Indian journal of veterinary science and animal husbandry - Volumes 15-17, 1948-1951
Year: 1948
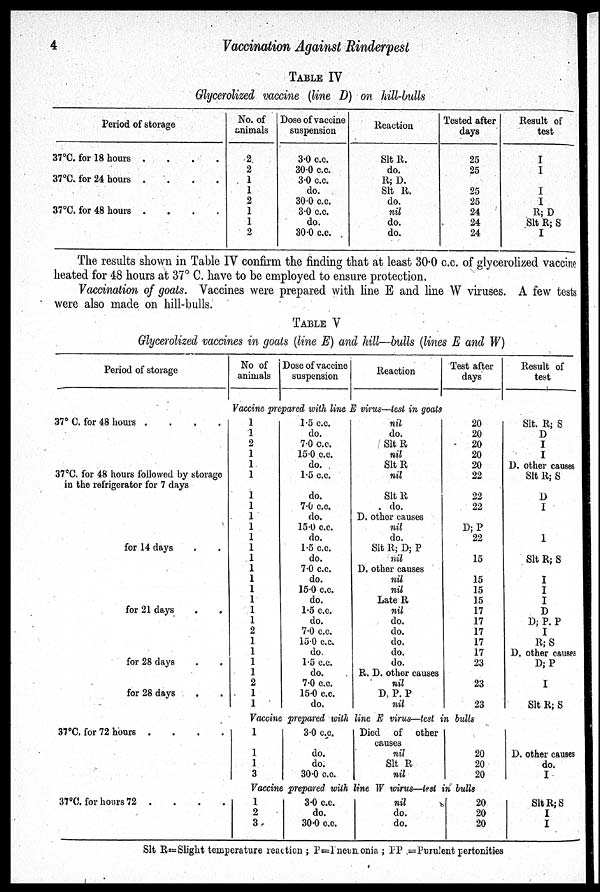
4
Vaccination Against Rinderpest
TABLE IV
Glycerolized vaccine (line D) on hill-bulls
Period of storage
37°C. for 18 hours
.
.
.
.
37°C. for 24 hours
.
.
.
.
37°C. for 48 hours
.
.
.
.
No. of
animals
2
2
1
1
2
1
1
2
Dose of vaccine
suspension
3.0 c.c.
30.0 c.c.
3.0 c.c.
do.
30.0 c.c.
3.0 c.c.
do.
30.0 c.c.
Reaction
Slt R.
do.
R; D.
Slt R.
do.
nil
do.
do.
Tested after
days
25
25
25
25
24
24
24
Result of
test
I
I
I
I
R; D
Slt R; S
I
The results shown in Table IV confirm the finding that at least 30.0 c.c. of glycerolized vaccine
heated for 48 hours at 37° C. have to be employed to ensure protection.
Vaccination of goats. Vaccines were prepared with line E and line W viruses. A few tests
were also made on hill-bulls.
TABLE V
Glycerolized vaccines in goats (line E) and hill—bulls (lines E and W)
Period of storage
No of
animals
Dose of vaccine
suspension
Reaction
Test after
days
Result of
test
Vaccine prepared with line E virus—test in goats
37° C. for 48 hours
.
.
.
.
37°C. for 48 hours followed by storage
in the refrigerator for 7 days
for 14 clays . .
for 21 days . .
for 28 days . .
for 28 days . .
1
1
2
1
1
1
1
1
1
1
1
1
1
1
1
1
1
1
1
2
1
1
1
1
2
1
1
1.5 c.c.
do.
7.0 c.c.
15.0 c.c.
do.
1.5 c.c.
do.
7.0 c.c.
do.
15.0 c.c.
do.
1.5 c.c.
do.
7.0 c.c.
do.
15.0 c.c.
do.
1.5 c.c.
do.
7.0 c.c.
15.0 c.c.
do.
1.5 c.c.
do.
7.0 c.c.
15.0 c.c.
do.
nil
do.
Slt R
nil
Slt R
nil
Slt R
do.
D. other causes
nil
do.
Slt R; D; P
nil
D. other causes
nil
nil
Late R
nil
do.
do.
do.
do.
do.
R. D. other causes
nil
D. P. P
nil
20
20
20
20
20
22
22
22
D; P
22
15
15
15
15
17
17
17
17
17
23
23
23
Slt. R; S
D
I
I
D. other causes
Slt R; S
D
I
1
Slt R; S
I
I
I
D
D; P. P
I
R; S
D. other causes
D; P
I
Slt R; S
Vaccine prepared with line E virus—test in bulls
37°C. for 72 hours
.
.
.
. 1
1
1
3
3.0 c.c.
do.
do.
30.0 c.c.
Died of other
causes
nil
Slt R
nil
20
20
20
D. other causes
do.
I
Vaccine prepared with line W wirus—test in bulls
37°C. for hours 72 . . . .
1
2
3
3.0 c.c.
do.
30.0 c.c.
nil
do.
do.
20
20
20
Slt R; S
I
I
Slt R= Slight temperature reaction ; P=Pneun onia ; PP =Purulent pertonities